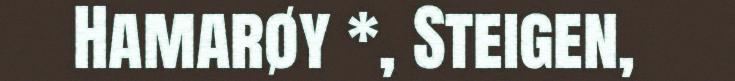
Hamarøy *, Steigen,